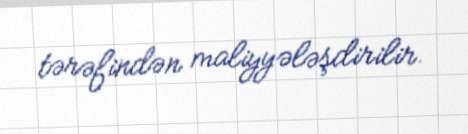
tərəfindən maliyyələşdirilir.